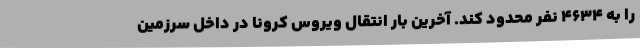
را به 4634 نفر محدود کند. آخرین بار انتقال ویروس کرونا در داخل سرزمین